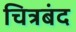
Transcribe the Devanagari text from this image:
चित्रबंद